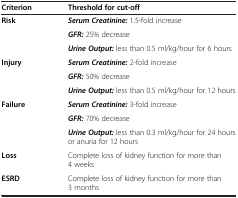
| Criterion | Threshold for cut-off |
 | --- | --- |
 | <ROWSPAN=3> Risk | Serum Creatinine: 1.5-fold increase |
 | GFR: 25% decrease |
 | Urine Output: less than 0.5 ml/kg/hour for 6 hours |
 | <ROWSPAN=3> Injury | Serum Creatinine: 2-fold increase |
 | GFR: 50% decrease |
 | Urine Output: less than 0.5 ml/kg/hour for 12 hours |
 | <ROWSPAN=3> Failure | Serum Creatinine: 3-fold increase |
 | GFR: 70% decrease |
 | Urine Output: less than 0.3 ml/kg/hour for 24 hours or anuria for 12 hours |
 | Loss | Complete loss of kidney function for more than 4 weeks |
 | ESRD | Complete loss of kidney function for more than 3 months |